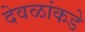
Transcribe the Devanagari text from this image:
देवळांकडे